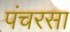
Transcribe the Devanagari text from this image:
पंचरसा